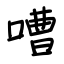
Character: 嘈